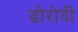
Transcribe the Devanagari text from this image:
डोरोदी